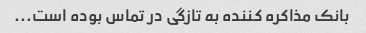
بانک مذاکره کننده به تازگی در تماس بوده است...